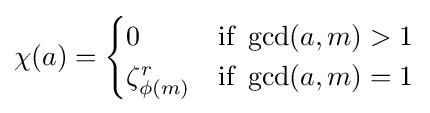
\chi (a)={\begin{cases}0&{\text{if }}\gcd(a,m)>1\\\zeta _{\phi (m)}^{r}&{\text{if }}\gcd(a,m)=1\end{cases}}